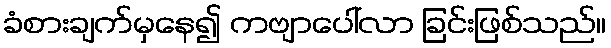
ခံစားချက်မှနေ၍ ကဗျာပေါ်လာ ခြင်းဖြစ်သည်။